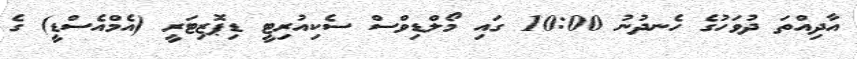
އާދިއްތަ ދުވަހުގެ ހެނދުނު 10:00 ގައި މޯލްޑިވްސް ސެކިއުރިޓީ ޑިޕޮޒިޓަރީ (އެމްއެސްޑީ) ގެ